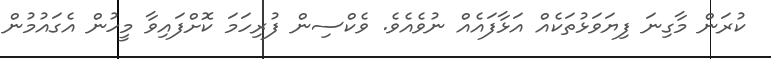
ކުރަން މާގިނަ ފިޔަވަޅުތަކެއް އަޅާފައެއް ނުވެއެވެ. ވެކްސިން ފުރިހަމަ ކޮށްފައިވާ މީހުން އެގައުމުން